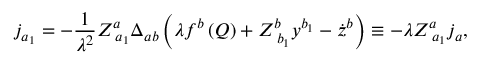
j _ { a _ { 1 } } = - \frac 1 { \lambda ^ { 2 } } Z _ { \; a _ { 1 } } ^ { a } \Delta _ { a b } \left( \lambda f ^ { b } \left( Q \right) + Z _ { \; b _ { 1 } } ^ { b } y ^ { b _ { 1 } } - \dot { z } ^ { b } \right) \equiv - \lambda Z _ { \; a _ { 1 } } ^ { a } j _ { a } ,